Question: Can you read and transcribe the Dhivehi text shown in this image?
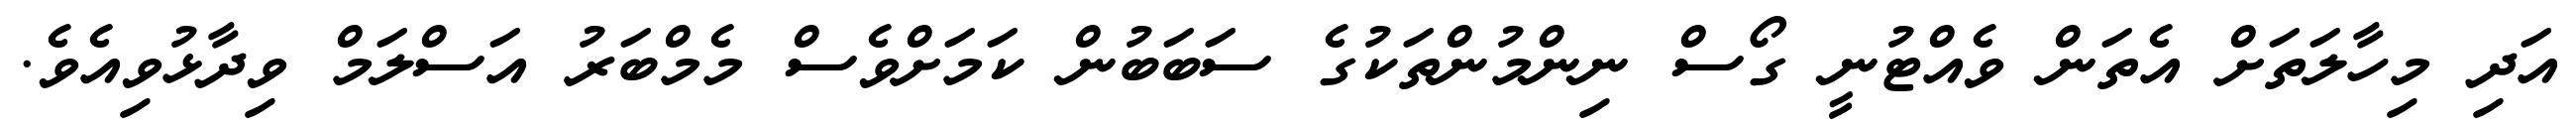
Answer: އަދި މިހާލަތަށް އެތަން ވެއްޓުނީ ގޯސް ނިންމުންތަކުގެ ސަބަބުން ކަމަށްވެސް މެމްބަރު އަސްލަމް ވިދާޅުވިއެވެ.